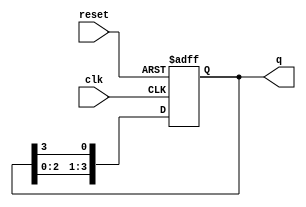
module ring_counter #(
    parameter N = 4 // Number of flip-flops (states)
)(
    input wire clk,       // Clock signal
    input wire reset,     // Reset signal
    output reg [N-1:0] q // Output state of the ring counter
);

    // Initial state of the ring counter
    initial begin
        q = 1'b1; // Set the initial state to 1000 for N=4
    end

    // Sequential logic for the ring counter
    always @(posedge clk or posedge reset) begin
        if (reset) begin
            // Reset to initial state
            q <= 1'b1; // Reset to 1000 for N=4
        end else begin
            // Shift the '1' to the right
            q <= {q[N-2:0], q[N-1]}; // Shift right and wrap around
        end
    end

endmodule